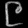
Digit: ၉